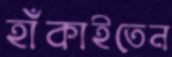
হাঁকাইতেন